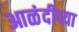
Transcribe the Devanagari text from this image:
आळंदीच्या